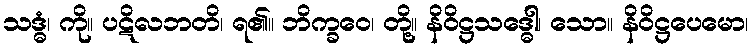
သဒ္ဓံ၊ ကို။ ပဋိလဘတိ၊ ရ၏။ ဘိက္ခဝေ၊ တို့။ နိဝိဋ္ဌသဒ္ဓေါ၊ သော။ နိဝိဋ္ဌပေမော၊